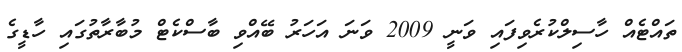
ތައްޓެއް ހާސިލްކުރެވިފައި ވަނީ 2009 ވަނަ އަހަރު ބޭއްވި ބާސްކެޓް މުބާރާތުގައި ހާޑީގެ